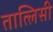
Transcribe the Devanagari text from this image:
तात्लिसी